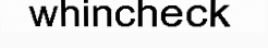
whincheck